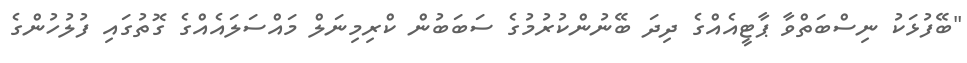
"ބޭފުޅަކު ނިސްބަތްވާ ޕާޓީއެއްގެ ދިދަ ބޭނުންކުރުމުގެ ސަބަބުން ކްރިމިނަލް މައްސަލައެއްގެ ގޮތުގައި ފުލުހުންގެ